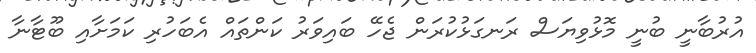
އުރުބާނީ ބުނީ މޮޅުވިޔަސް ރަނގަޅުކުރަން ޖެހޭ ބައިވަރު ކަންތައް އެބަހުރި ކަމަށާއި ބޫޓާނާ